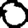
Digit: 0